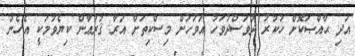
އަދި ޙާއްޞަކޮށް ހުކުރު ދުވަސްދުވަހު އަވަހަށް މިސްކިތަށް އަރާ ޤުރުޢާން ކިޔެވުމަކީ އެހެން